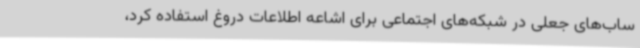
ساب‌های جعلی در شبکه‌های اجتماعی برای اشاعه اطلاعات دروغ استفاده کرد،